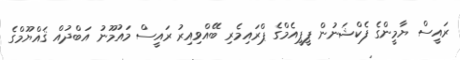
ރައީސް ޔާމީންގެ ފެކްޝަނުން ޕީޕީއެމްގެ ޕްރައިމެރި ބޭއްވިއިރު ރައީސް މައުމޫނު އަބްދުއް ޤައްޔޫމްގެ